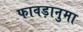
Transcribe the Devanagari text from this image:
फावड़ानुमा